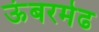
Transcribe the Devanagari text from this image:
ऊंबरमेढ